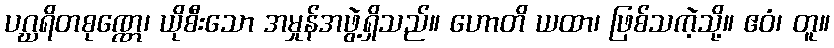
ပဂ္ဃရိတစုဏ္ဏေ၊ ယိုစီးသော အမှုန်အဖွဲ့ရှိသည်။ ဟောတိ ယထာ၊ ဖြစ်သကဲ့သို့။ ဧဝံ၊ တူ။